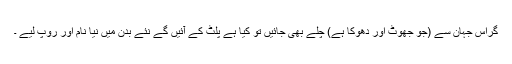
گراِس جہان سے (جو جھوٹ اور دھوکا ہے) چلے بھی جائیں تو کیا ہے پلٹ کے آئیں گے نئے بدن میں نیا نام اور روپ لیے ۔